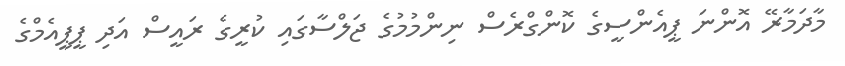
މާދަމާރޭ އޮންނަ ޕީއެންސީގެ ކޮންގްރެސް ނިންމުމުގެ ޖަލްސާގައި ކުރީގެ ރައީސް އަދި ޕީޕީއެމްގެ